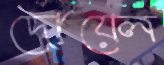
দোয়েল